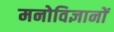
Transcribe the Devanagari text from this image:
मनोविज्ञानों